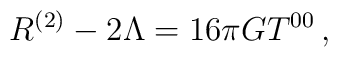
R^{(2)}-2\Lambda = 16\pi GT^{00}\,,